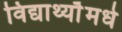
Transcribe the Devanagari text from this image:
विद्यार्थ्याँमधे